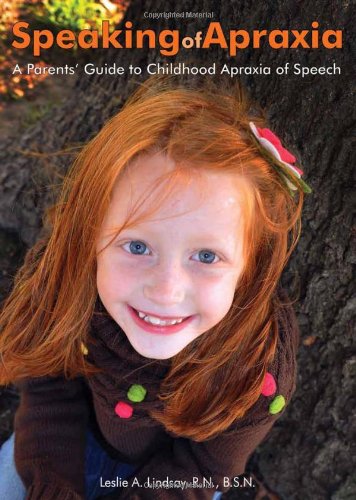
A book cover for Speaking of Apraxia: A Parents' Guide to Childhood Apraxia of Speech; Leslie Lindsay; Education & Teaching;